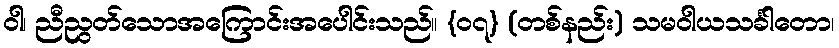
ဝါ၊ ညီညွတ်သောအကြောင်းအပေါင်းသည်။ {၀၇} (တစ်နည်း) သမဝါယသင်္ခါတော၊